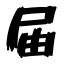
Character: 届